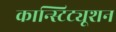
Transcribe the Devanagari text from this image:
कान्स्टिट्यूशन